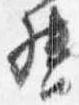
督